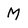
Character: M